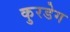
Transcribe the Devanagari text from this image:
कुरडेग